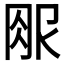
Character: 𱼃